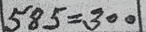
585 = 300